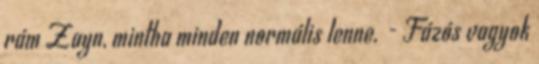
rám Zayn, mintha minden normális lenne. - Fázós vagyok